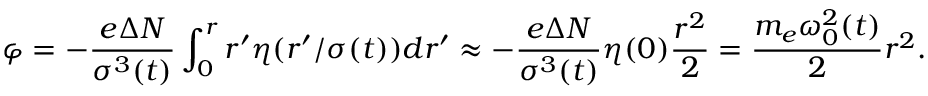
\varphi = - \frac { e \Delta N } { \sigma ^ { 3 } ( t ) } \int _ { 0 } ^ { r } r ^ { \prime } \eta ( r ^ { \prime } / \sigma ( t ) ) d r ^ { \prime } \approx - \frac { e \Delta N } { \sigma ^ { 3 } ( t ) } \eta ( 0 ) \frac { r ^ { 2 } } { 2 } = \frac { m _ { e } \omega _ { 0 } ^ { 2 } ( t ) } { 2 } r ^ { 2 } .